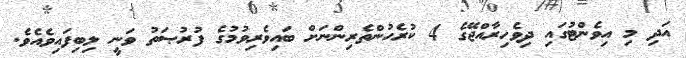
އަދި މި އިވެންޓުގައި ދިވެހިރާއްޖޭގެ 4 ކުރެހުންތެރިންނަށް ބައިވެރިވުމުގެ ފުރުޞަތު ވަނީ ލިބިފައިވެއެވެ.